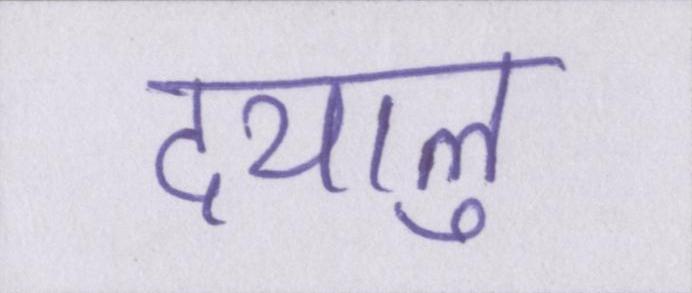
दयालु